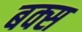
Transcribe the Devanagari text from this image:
बक्‍स